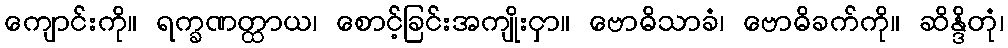
ကျောင်းကို။ ရက္ခဏတ္ထာယ၊ စောင့်ခြင်းအကျိုးငှာ။ ဗောဓိသာခံ၊ ဗောဓိခက်ကို။ ဆိန္ဒိတုံ၊